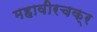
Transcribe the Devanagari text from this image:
महावीरचक्र